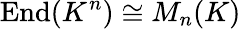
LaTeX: \operatorname{End}(K^{n})\cong M_{n}(K)